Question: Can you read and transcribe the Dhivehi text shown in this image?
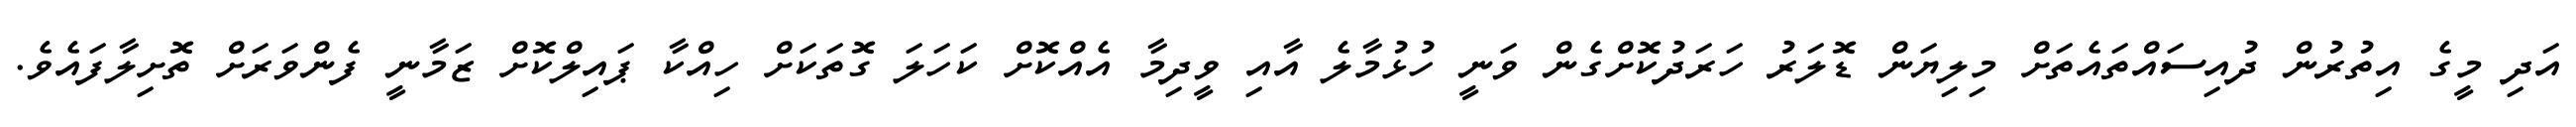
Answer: އަދި މީގެ އިތުރުން ދުއިސައްތައެތަށް މިލިޔަން ޑޮލަރު ހަރަދުކޮށްގެން ވަނީ ހުޅުމާލެ އާއި ވީދިމާ އެއްކޮށް ކަހަލަ ގޮތަކަށް ހިއްކާ ޕައިލްކޮށް ޒަމާނީ ފެންވަރަށް ތޮށިލާފައެވެ.